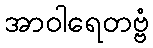
အာဝါရေတဗ္ဗံ